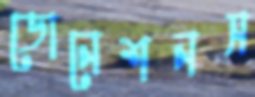
ডোনেশনস